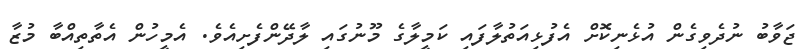
ޖަވާބު ނުދެވިގެން އުޅެނިކޮށް އެފުޅިއަތުލާފައި ކަމީލާގެ މޫނުގައި ލާދޭންފެށިއެވެ. އެމީހުން އެތާތިއްބާ މުޒާ